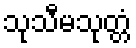
သုသီမသုတ္တံ